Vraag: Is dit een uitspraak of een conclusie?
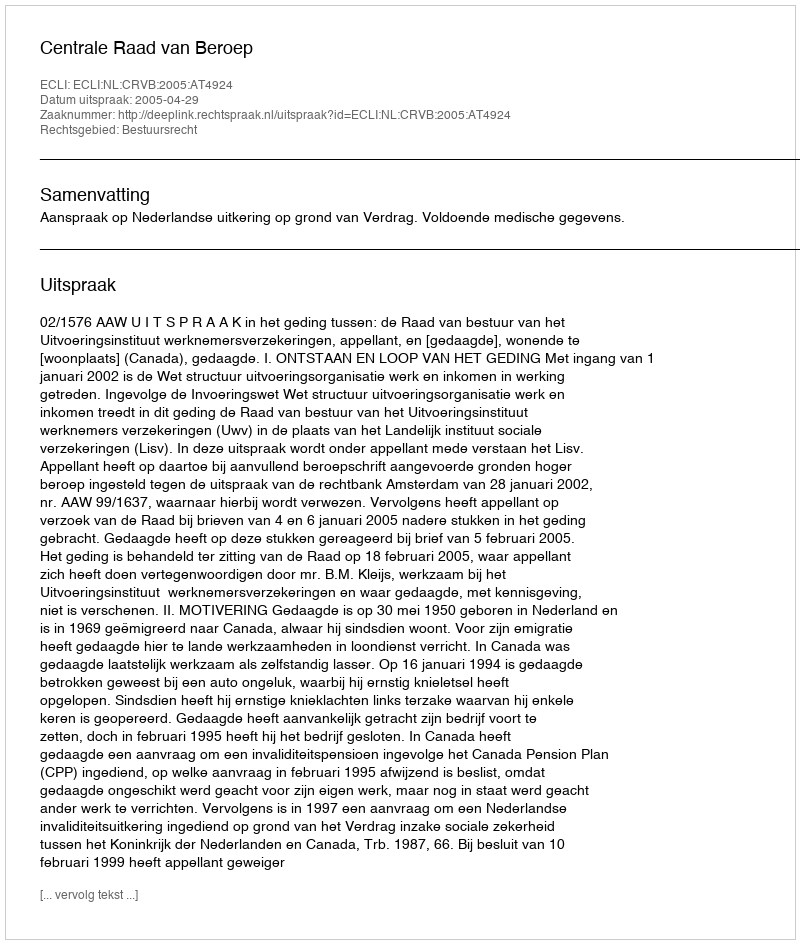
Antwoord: Uitspraak